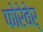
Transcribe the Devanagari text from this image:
फोरेवेर्